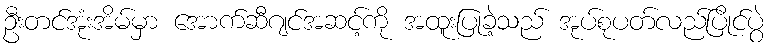
ဦးတင်အုံးအိမ်မှာ အောက်ဆီဂျင်အဆင့်ကို အထူးပြုခဲ့သည် အုပ်စုပတ်လည်ပြိုင်ပွဲ